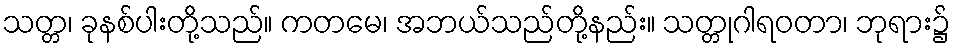
သတ္တ၊ ခုနစ်ပါးတို့သည်။ ကတမေ၊ အဘယ်သည်တို့နည်း။ သတ္တုဂါရဝတာ၊ ဘုရား၌